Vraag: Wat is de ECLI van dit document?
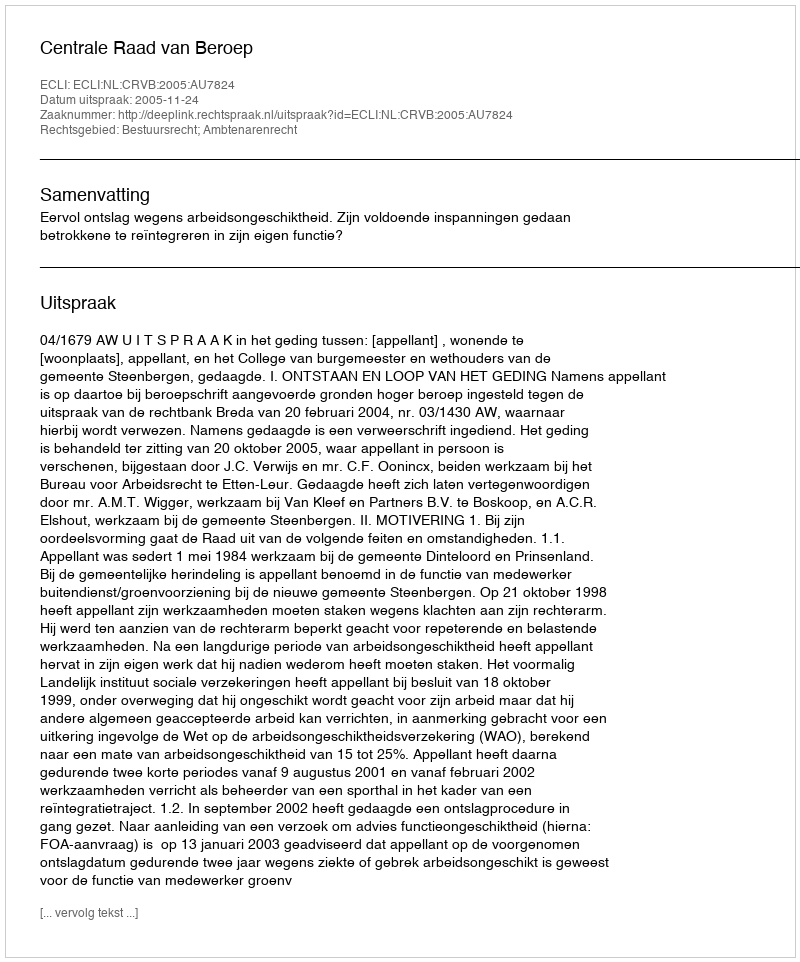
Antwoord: ECLI:NL:CRVB:2005:AU7824